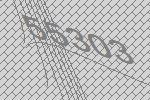
55303